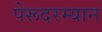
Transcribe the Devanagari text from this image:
पेरूदरम्यान